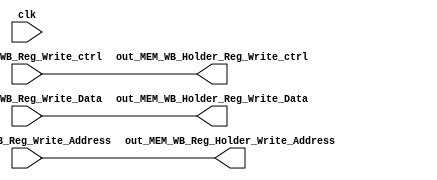
//NOT USED !
module MEM_WB_Holder(
input out_MEM_WB_Reg_Write_ctrl,
input[31:0] out_MEM_WB_Reg_Write_Data,//out_MEM_WB_reg_Write_Data
input [4:0] out_MEM_WB_Reg_Write_Address,
input clk,
output reg  out_MEM_WB_Holder_Reg_Write_ctrl,
output reg [31:0] out_MEM_WB_Holder_Reg_Write_Data,//out_MEM_WB_reg_Write_Data
output reg [4:0] out_MEM_WB_Reg_Holder_Write_Address

);

always@(*)begin

out_MEM_WB_Holder_Reg_Write_ctrl=out_MEM_WB_Reg_Write_ctrl;
out_MEM_WB_Holder_Reg_Write_Data=out_MEM_WB_Reg_Write_Data;
out_MEM_WB_Reg_Holder_Write_Address=out_MEM_WB_Reg_Write_Address;

end
endmodule